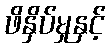
ဖိနှိပ်မှုနှင့်